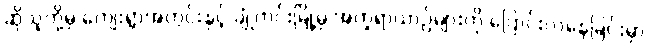
ဆိုသူတို့မှ ကျေးရွာအတွင်းနှင့် ချုံကင်းမြို့မှ အက္ခရာယာဉ်များကို ပြောင်းလဲနေခြင်းမှာ